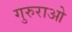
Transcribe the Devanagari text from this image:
गुरुराओ